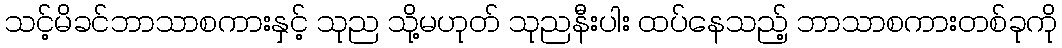
သင့်မိခင်ဘာသာစကားနှင့် သုည သို့မဟုတ် သုညနီးပါး ထပ်နေသည့် ဘာသာစကားတစ်ခုကို